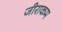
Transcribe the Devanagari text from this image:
जीराकम